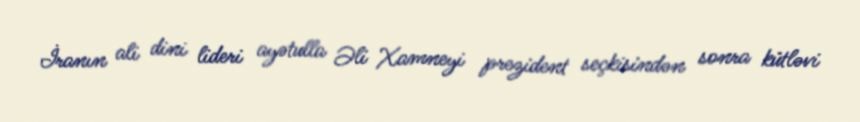
İranın ali dini lideri ayətulla Əli Xamneyi prezident seçkisindən sonra kütləvi